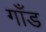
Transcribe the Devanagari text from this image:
गाँड